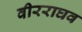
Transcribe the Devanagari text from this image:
वीरराघव